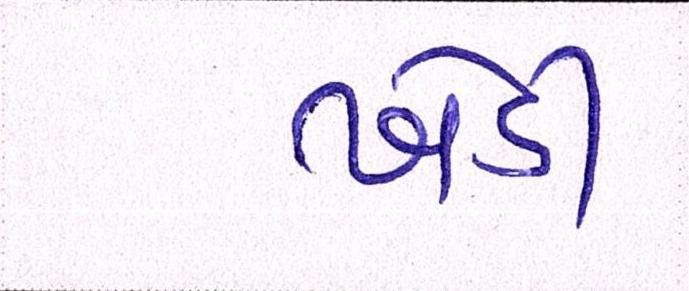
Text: ખેડી